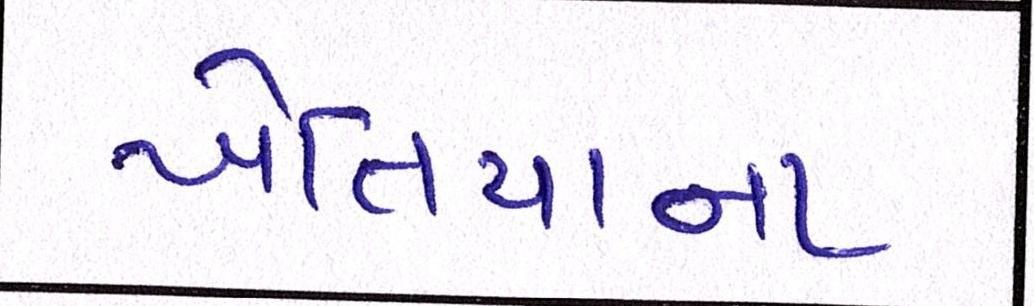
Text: ખેતિયાના